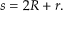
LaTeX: \displaystyle s = 2 R + r .